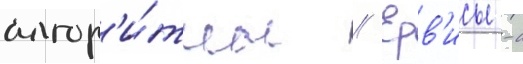
алгор'и́тмы // Ерв'исы -с